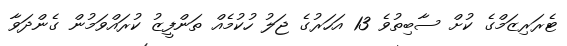
ޓެރަރިޒަމްގެ ކުށް ސާބިތުވެ 13 އަހަރުގެ ޖަލު ހުކުމެއް ތަންފީޒު ކުރައްވަމުން ގެންދަވާ